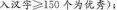
输入汉字$$≥ 1 5 0$$个为优秀 )；